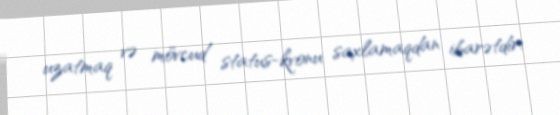
uzatmaq və mövcud status-kvonu saxlamaqdan ibarətdir.